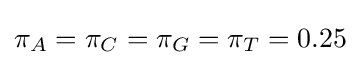
\pi _{A}=\pi _{C}=\pi _{G}=\pi _{T}=0.25